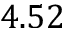
4 . 5 2